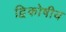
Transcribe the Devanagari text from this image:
द्विकोषीय